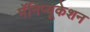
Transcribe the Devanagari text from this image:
मॅनिप्यूकेशन